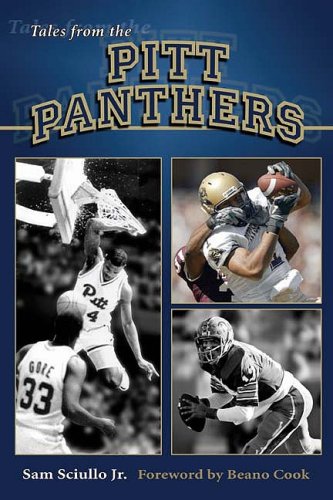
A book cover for Tales from the Pitt Panthers; Sam Sciullo; Sports & Outdoors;